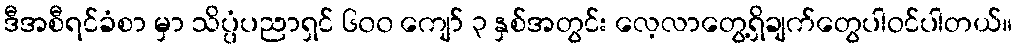
ဒီအစီရင်ခံစာ မှာ သိပ္ပံပညာရှင် ၆၀၀ ကျော် ၃ နှစ်အတွင်း လေ့လာတွေ့ရှိချက်တွေပါဝင်ပါတယ်။